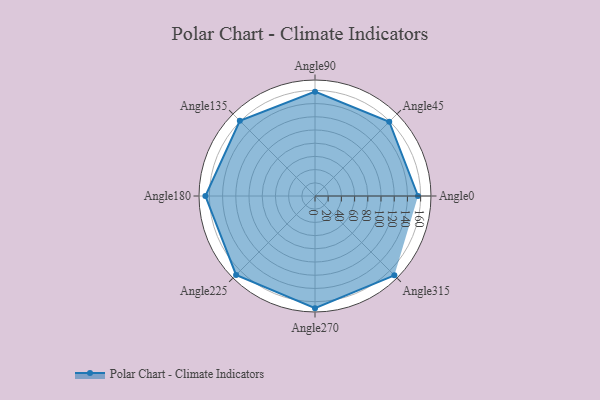
{"axis": {"x": "Angle", "y": "Radius"}, "legend": [""], "data": [{"x": "Angle0", "y": 156.0, "type": ""}, {"x": "Angle45", "y": 159.0, "type": ""}, {"x": "Angle90", "y": 158.0, "type": ""}, {"x": "Angle135", "y": 161.0, "type": ""}, {"x": "Angle180", "y": 166.0, "type": ""}, {"x": "Angle225", "y": 169.0, "type": ""}, {"x": "Angle270", "y": 170, "type": ""}, {"x": "Angle315", "y": 170, "type": ""}]}